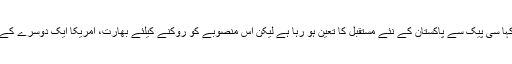
فضل الرحمان نے کہا سی پیک سے پاکستان کے نئے مستقبل کا تعین ہو رہا ہے لیکن اس منصوبے کو روکنے کیلئے بھارت، امریکا ایک دوسرے کے قریب ہو گئے ہیں۔